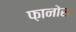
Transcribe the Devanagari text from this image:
फ़ानोस